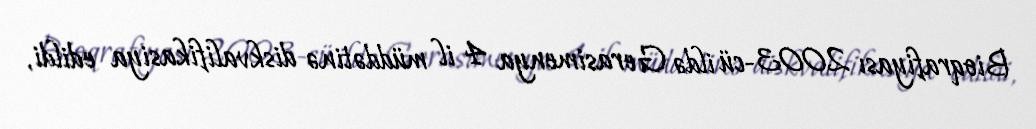
Bioqrafiyası 2003-cü ildə Gerasimenya 4 il müddətinə diskvalifikasiya edildi,